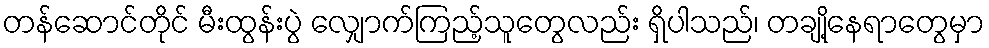
တန်ဆောင်တိုင် မီးထွန်းပွဲ လျှောက်ကြည့်သူတွေလည်း ရှိပါသည်၊ တချို့နေရာတွေမှာ